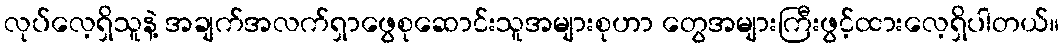
လုပ်လေ့ရှိသူနဲ့ အချက်အလက်ရှာဖွေစုဆောင်းသူအများစုဟာ တွေအများကြီးဖွင့်ထားလေ့ရှိပါတယ်။